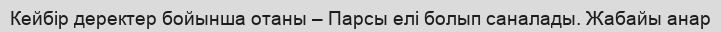
Кейбір деректер бойынша отаны – Парсы елі болып саналады. Жабайы анар